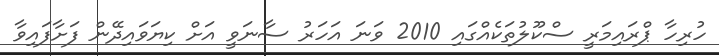
ހުރިހާ ޕްރައިމަރީ ސްކޫލުތަކެއްގައި 2010 ވަނަ އަހަރު ސާނަވީ އަށް ކިޔަވައިދޭން ފަށާފައިވާ